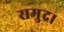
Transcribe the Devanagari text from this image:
समुद्र।